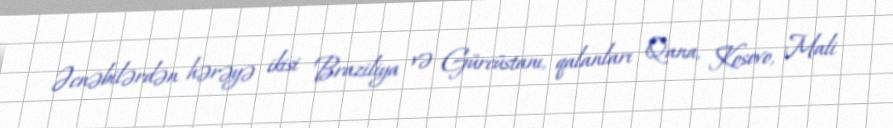
Əcnəbilərdən hərəyə ikisi Braziliya və Gürcüstanı, qalanları Qana, Kosovo, Mali